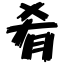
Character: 肴